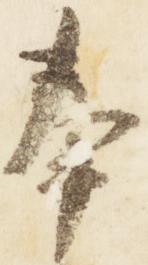
奉